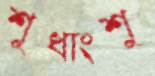
শুধাংশু